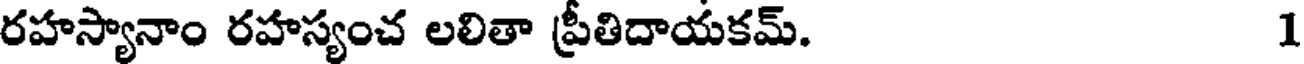
రహస్యానాం రహస్యంచ లలితా ప్రీతిదాయకమ్. 1